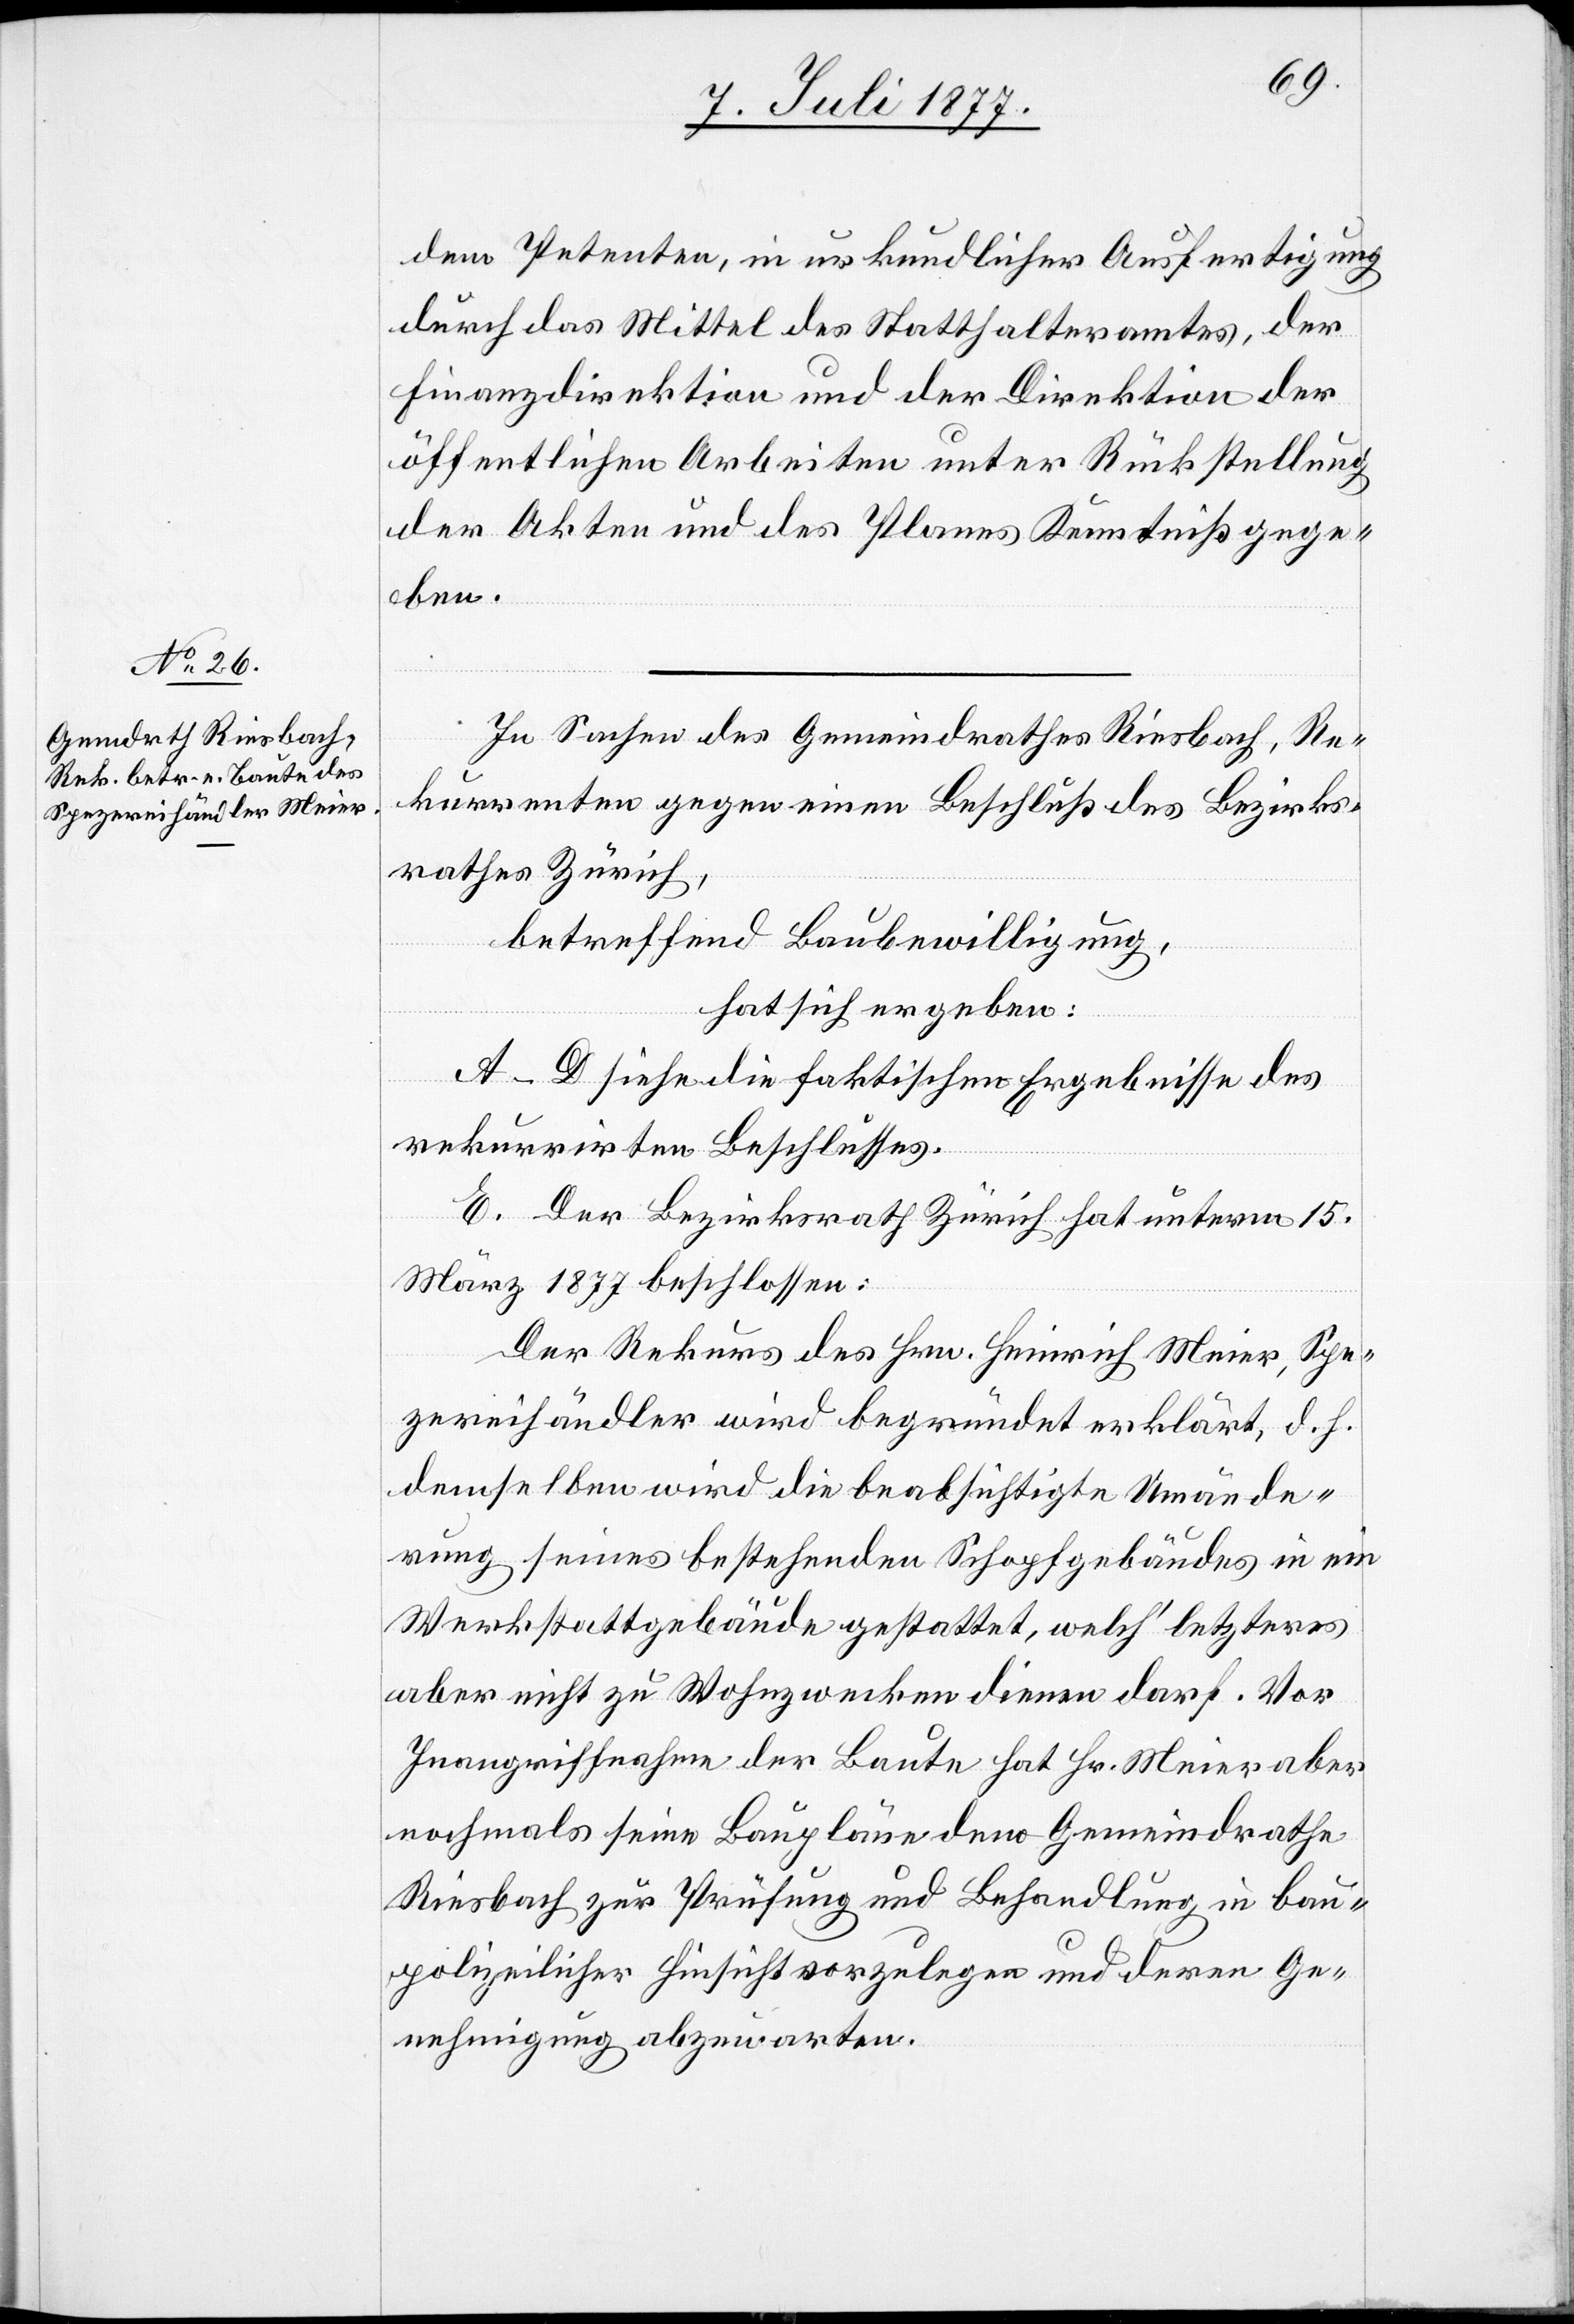
dem Petenten, in urkundlicher Ausfertigung
durch das Mittel des Statthalteramtes, der
Finanzdirektion und der Direktion der
öffentlichen Arbeiten unter Rückstellung
der Akten und des Planes Kenntniß gege¬
ben.
In Sachen des Gemeindrathes Riesbach, Re¬
kurrenten gegen einen Beschluß des Bezirks¬
rathes Zürich,
betreffend Baubewilligung,
hat sich ergeben:
A–D siehe die faktischen Ergebnisse des
rekurrirten Beschlusses.
E. Der Bezirksrath Zürich hat unterm 15.
März 1877 beschlossen:
Der Rekurs des Hrn. Heinrich Meier, Spe¬
zereihändler wird begründet erklärt, d. h.
demselben wird die beabsichtigte Umände¬
rung seines bestehenden Schopfgebäudes in ein
Werkstattgebäude gestattet, welch‘ letzteres
aber nicht zu Wohnzwecken dienen darf. Vor
Inangriffnahme der Baute hat Hr. Meier aber
nochmals seine Baupläne dem Gemeindrathe
Riesbach zur Prüfung und Behandlung in bau¬
polizeilicher Hinsicht vorzulegen und deren Ge¬
nehmigung abzuwarten.